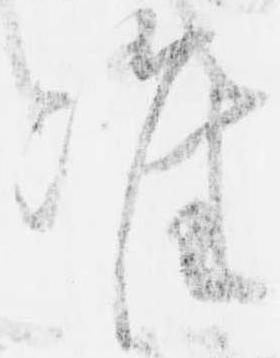
准